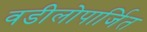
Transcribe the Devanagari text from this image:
वडीलोपार्जित